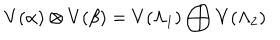
V ( \alpha ) \otimes V ( \beta ) = V ( \Lambda _ { 1 } ) \bigoplus V ( \Lambda _ { 2 } )